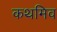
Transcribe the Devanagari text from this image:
कथमिव